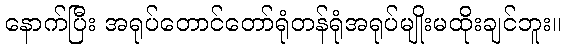
နောက်ပြီး အရုပ်တောင်တော်ရုံတန်ရုံအရုပ်မျိုးမထိုးချင်ဘူး။